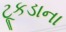
ટૂકડાના